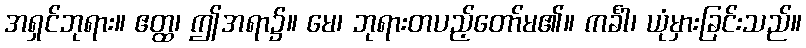
အရှင်ဘုရား။ ဧတ္ထ၊ ဤအရာ၌။ မေ၊ ဘုရားတပည့်တော်မ၏။ ကင်္ခါ၊ ယုံမှားခြင်းသည်။